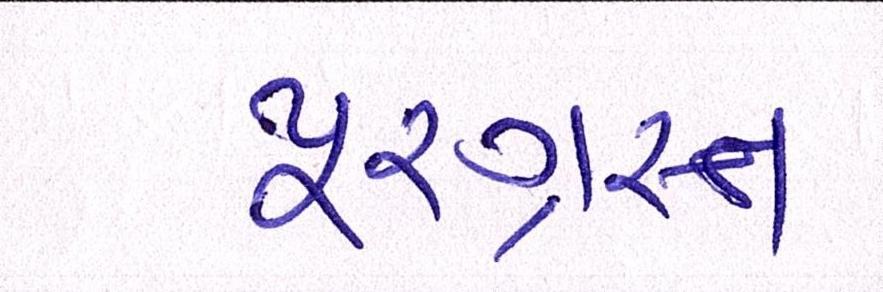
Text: પૂરગ્રસ્ત